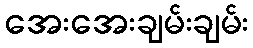
အေးအေးချမ်းချမ်း